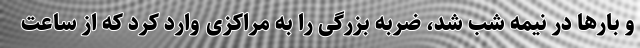
و بارها در نیمه شب شد، ضربه بزرگی را به مراکزی وارد کرد که از ساعت